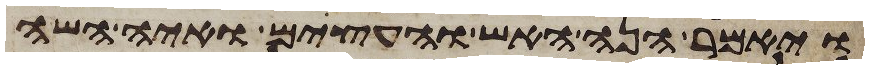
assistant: ויאמר הנה האש והעצים ואיה השה